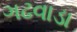
ગઢવાડા